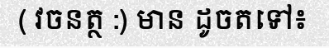
( វចនត្ថ :) មាន ដូចតទៅ៖